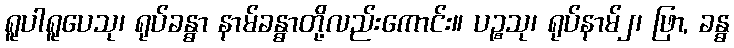
ရူပါရူပေသု၊ ရုပ်ခန္ဓာ နာမ်ခန္ဓာတို့လည်းကောင်း။ ပဉ္စသု၊ ရုပ်နာမ်၂၊ ဖြာ, ခန္ဓ